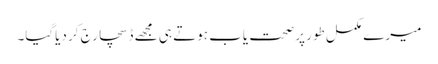
میرے مکمل طور پر صحت یاب ہوتے ہی مجھے ڈسچارج کر دیاگیا۔